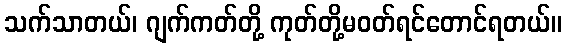
သက်သာတယ်၊ ဂျက်ကတ်တို့ ကုတ်တို့မဝတ်ရင်တောင်ရတယ်။